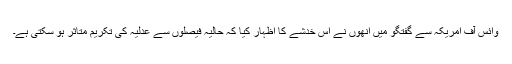
وائس آف امریکہ سے گفتگو میں انھوں نے اس خدشے کا اظہار کیا کہ حالیہ فیصلوں سے عدلیہ کی تکریم متاثر ہو سکتی ہے۔